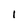
Character: I